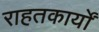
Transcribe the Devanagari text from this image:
राहतकार्यों